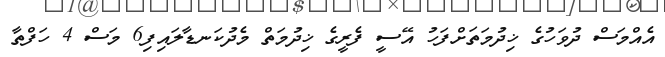
އެއްމަސް ދުވަހުގެ ޚިދުމަތަށްފަހު އޭސީ ފެރީގެ ޚިދުމަތް މެދުކަނޑާލައިފި6 މަސް 4 ހަފްތާ